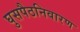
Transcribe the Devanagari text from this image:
घुसपैठनिवारण